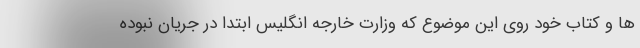
ها و کتاب خود روی این موضوع که وزارت خارجه انگلیس ابتدا در جریان نبوده